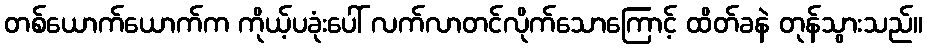
တစ်ယောက်ယောက်က ကိုယ့်ပခုံးပေါ် လက်လာတင်လိုက်သောကြောင့် ထိတ်ခနဲ တုန်သွားသည်။